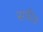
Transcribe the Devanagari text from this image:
सपीङ